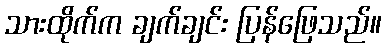
သားထိုက်က ချက်ချင်း ပြန်ဖြေသည်။